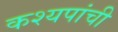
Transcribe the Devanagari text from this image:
कश्यपांची